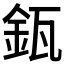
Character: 𨥯